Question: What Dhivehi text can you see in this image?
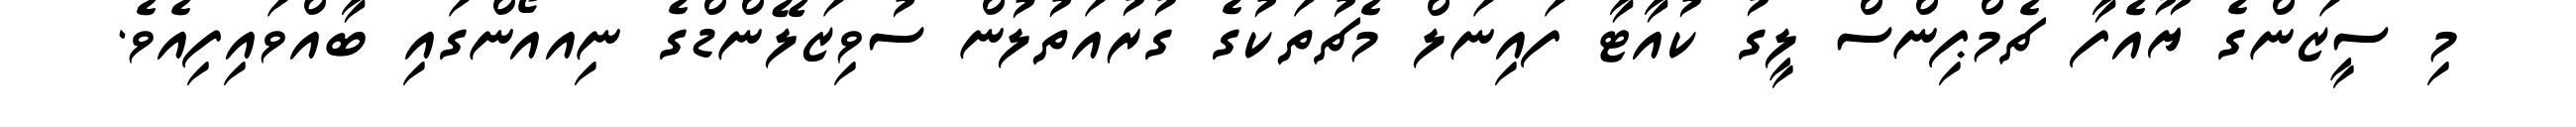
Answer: މި ސީޒަންގެ ޔޫއެފާ ޗެމްޕިންސް ލީގު ކުއާޓާ ފައިނަލް މެޗުތަކުގެ ގުރުއަތުލުން ސުވިޒަލޭންޑްގެ ނިއއޯންގައި ބާއްވައިފިއެވެ.